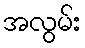
အလွမ်း